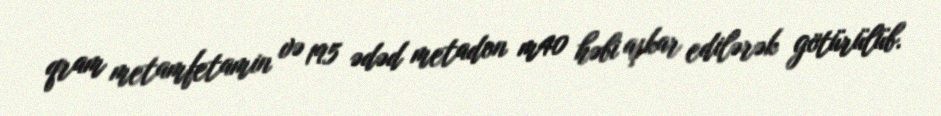
qram metamfetamin və 195 ədəd metadon m40 həbi aşkar edilərək götürülüb.